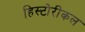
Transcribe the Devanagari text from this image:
हिस्टोरीकल